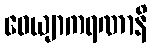
ဝေယျာကရဏာနိ